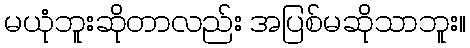
မယုံဘူးဆိုတာလည်း အပြစ်မဆိုသာဘူး။